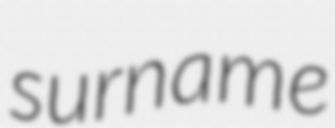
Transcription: surname